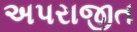
અપરાજીત